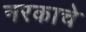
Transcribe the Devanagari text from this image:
नरकाचे